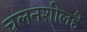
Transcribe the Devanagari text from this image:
चलनशीलहै